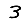
Digit: 3